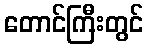
တောင်ကြီးတွင်